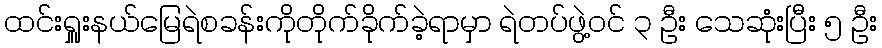
ထင်းရှူးနယ်မြေရဲစခန်းကိုတိုက်ခိုက်ခဲ့ရာမှာ ရဲတပ်ဖွဲ့ဝင် ၃ ဦး သေဆုံးပြီး ၅ ဦး